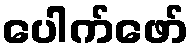
ပေါက်ဖော်